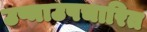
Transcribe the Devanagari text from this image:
उष्माउपचारित